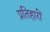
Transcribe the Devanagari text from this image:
प्रतिहारीं